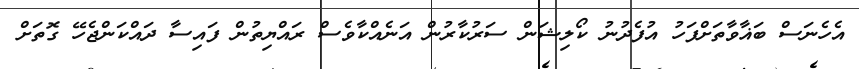
އެހެނަސް ބަޣާވާތަށްފަހު އުފެދުނު ކޯލިޝަން ސަރުކާރުން އަނެއްކާވެސް ރައްޔިތުން ފައިސާ ދައްކަންޖެހޭ ގޮތަށް